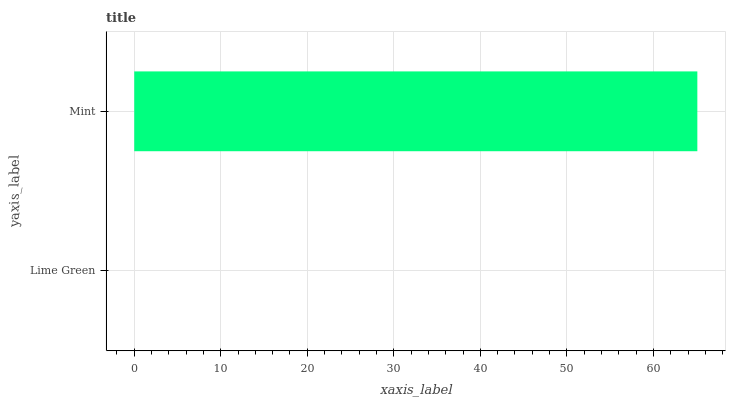
| yaxis_label | bars |
 | --- | --- |
 | Lime Green | 0 |
 | Mint | 65.1 |